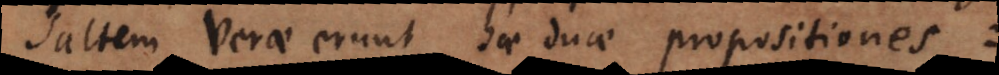
saltem verae erunt hae duae propositiones: